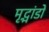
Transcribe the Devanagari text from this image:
मृद्भांडों